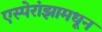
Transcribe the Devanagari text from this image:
एस्पेरांझामधून